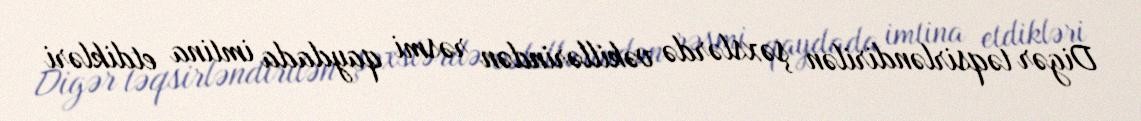
Digər təqsirləndirilən şəxslərdə vəkillərindən rəsmi qaydada imtina etdikləri